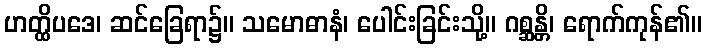
ဟတ္ထိပဒေ၊ ဆင်ခြေရာ၌။ သမောဓာနံ၊ ပေါင်းခြင်းသို့။ ဂစ္ဆန္တိ၊ ရောက်ကုန်၏။